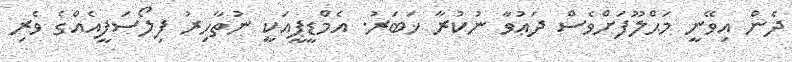
ދެން އިވޭނީ މަޙްލޫފަށްވެސް ދަޢުވާ ނުކުރާ ޚަބަރު. އެމްޑީޕީއަކީ ނުތާހިރު ފިލޯސަފީއެއްގެ ވެރި